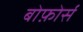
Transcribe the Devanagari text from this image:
बोफ़ोर्स